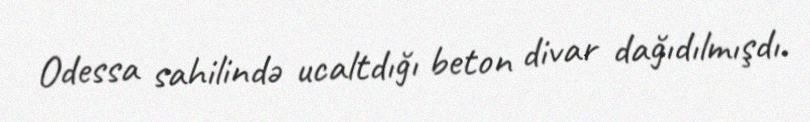
Odessa sahilində ucaltdığı beton divar dağıdılmışdı.